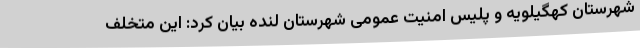
شهرستان کهگیلویه و پلیس امنیت عمومی شهرستان لنده بیان کرد: این متخلف